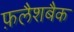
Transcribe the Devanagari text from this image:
फ़लैशबैक